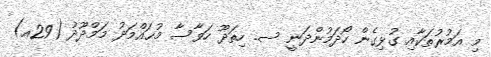
މި އަމުރުތަކާއި ގުޅިގެން ހޯދަމުންދަނީ ސ. ހިތަދޫ ހަވާސާ މުޙައްމަދު މަމްދޫދު (29އ)